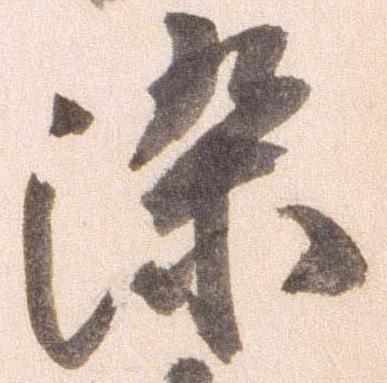
染